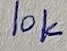
Text: 10K